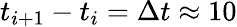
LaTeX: t_{i+1}-t_{i}=\Delta t\approx 10